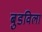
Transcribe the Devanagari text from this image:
बुडविला